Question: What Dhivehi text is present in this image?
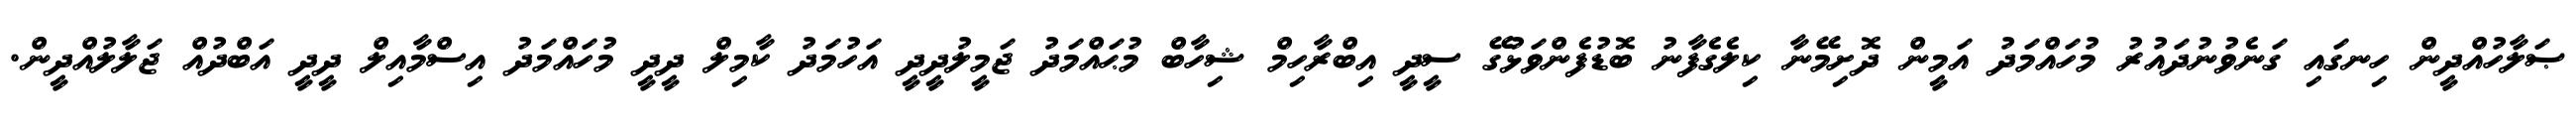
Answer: ޞަލާހުއްދީން ހިނގައި ގަނެވުނުދައުރު މުހައްމަދު އަމީން ދޮށިމޭނާ ކިލެގެފާނު ބޮޑުފެންވަޅުގޭ ސީދީ އިބްރާހިމް ޝިހާބް މުޙައްމަދު ޖަމީލުދީދީ އަހުމަދު ކާމިލް ދީދީ މުހައްމަދު އިސްމާއިލް ދީދީ އަބްދުއް ޖަލާލުއްދީން.